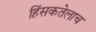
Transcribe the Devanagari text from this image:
हिंसकतेलाच